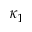
\kappa _ { 1 }